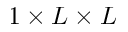
1 \times L \times L